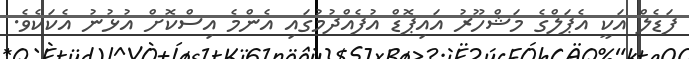
ފަޑެލް އަކީ އެޕަލްގެ މަޝްހޫރު އައިޕޮޑް އުފެއްދުމުގައި އެންމެ އިސްކޮށް އުޅުނު އެކަކެވެ.